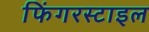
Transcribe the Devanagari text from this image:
फिंगरस्टाइल